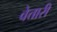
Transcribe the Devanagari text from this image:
वेत्तारी